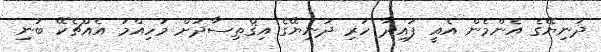
ދުނިޔޭގެ އެންމެން އެއީ ފައިދާ ހުރި ދުނިޔޭގެ އިޤްތިސާދަށް މުހިއްމު އެއްޗެކޭ ބުނި